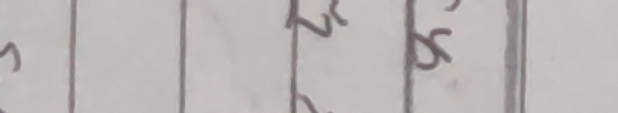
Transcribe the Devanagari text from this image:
भर्नेछ